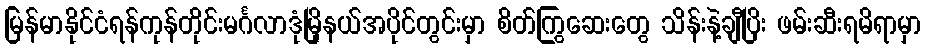
မြန်မာနိုင်ငံရန်ကုန်တိုင်းမင်္ဂလာဒုံမြိုနယ်အပိုင်တွင်းမှာ စိတ်ကြွဆေးတွေ သိန်းနဲ့ချီပြိး ဖမ်းဆီးရမိရာမှာ